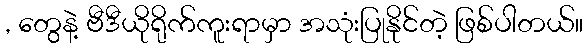
, တွေနဲ့ ဗီဒီယိုရိုက်ကူးရာမှာ အသုံးပြုနိုင်တဲ့ ဖြစ်ပါတယ်။